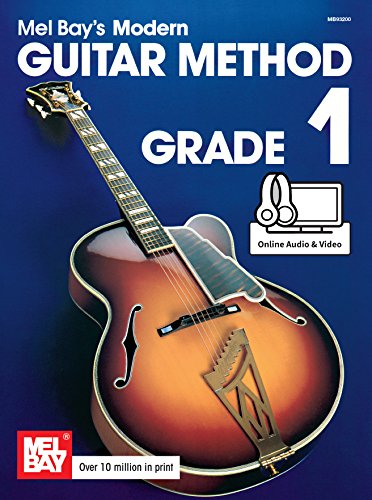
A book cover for Mel Bay's Modern Guitar Method: Grade 1 (Grade 1); Mel Bay; Arts & Photography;